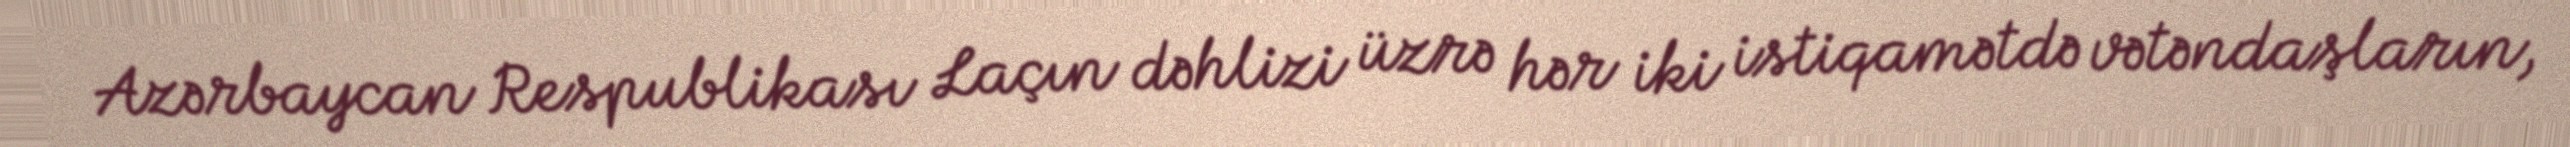
Azərbaycan Respublikası Laçın dəhlizi üzrə hər iki istiqamətdə vətəndaşların,